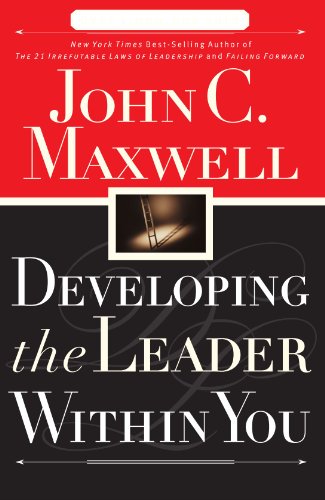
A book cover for Developing the Leader Within You; John C. Maxwell; Self-Help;